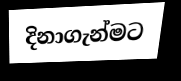
දිනාගැන්මට